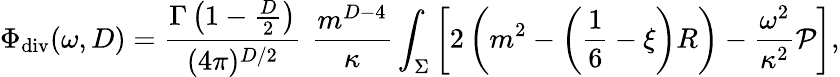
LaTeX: \Phi_{\mathrm{div}}(\omega,D)={\frac{\Gamma\left(1-\frac D2\right)}{(4\pi)^{D/2}}}\, \, {\frac{m^{D-4}}{\kappa}}\int_{\Sigma}\left[2\left(m^{2}-\left(\frac 16-\xi\right)R\right)-{\frac{\omega^{2}}{\kappa^{2}}}{\cal P}\right],